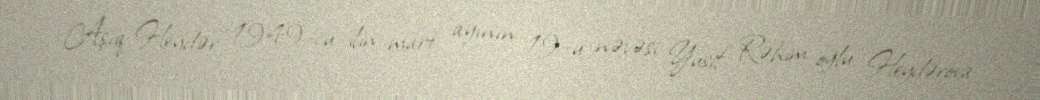
Aşıq Heydər 1949-cu ilin mart ayının 19–u nəvəsi Yusif Rəhim oğlu Heydərova